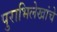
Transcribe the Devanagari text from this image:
पुराभिलेखांचे